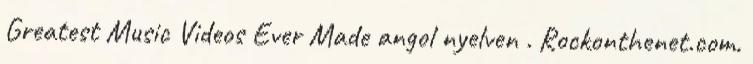
Greatest Music Videos Ever Made angol nyelven . Rockonthenet.com.